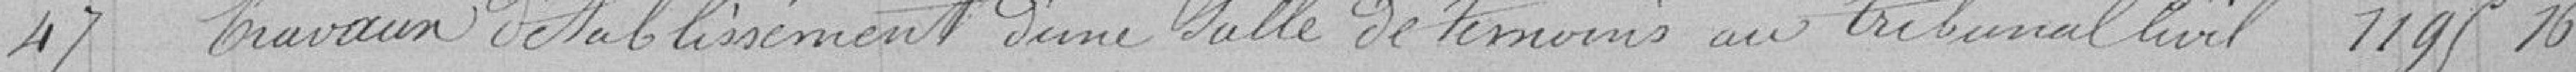
47 Travaux d'établissement d'une salle de t1195.16émoins au tribunal civil